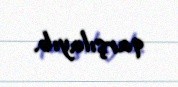
qarşılayıb.